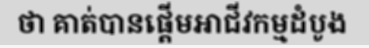
ថា គាត់បានផ្តើមអាជីវកម្មដំបូង